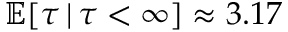
\mathbb { E } [ \tau \, | \, \tau < \infty ] \approx 3 . 1 7